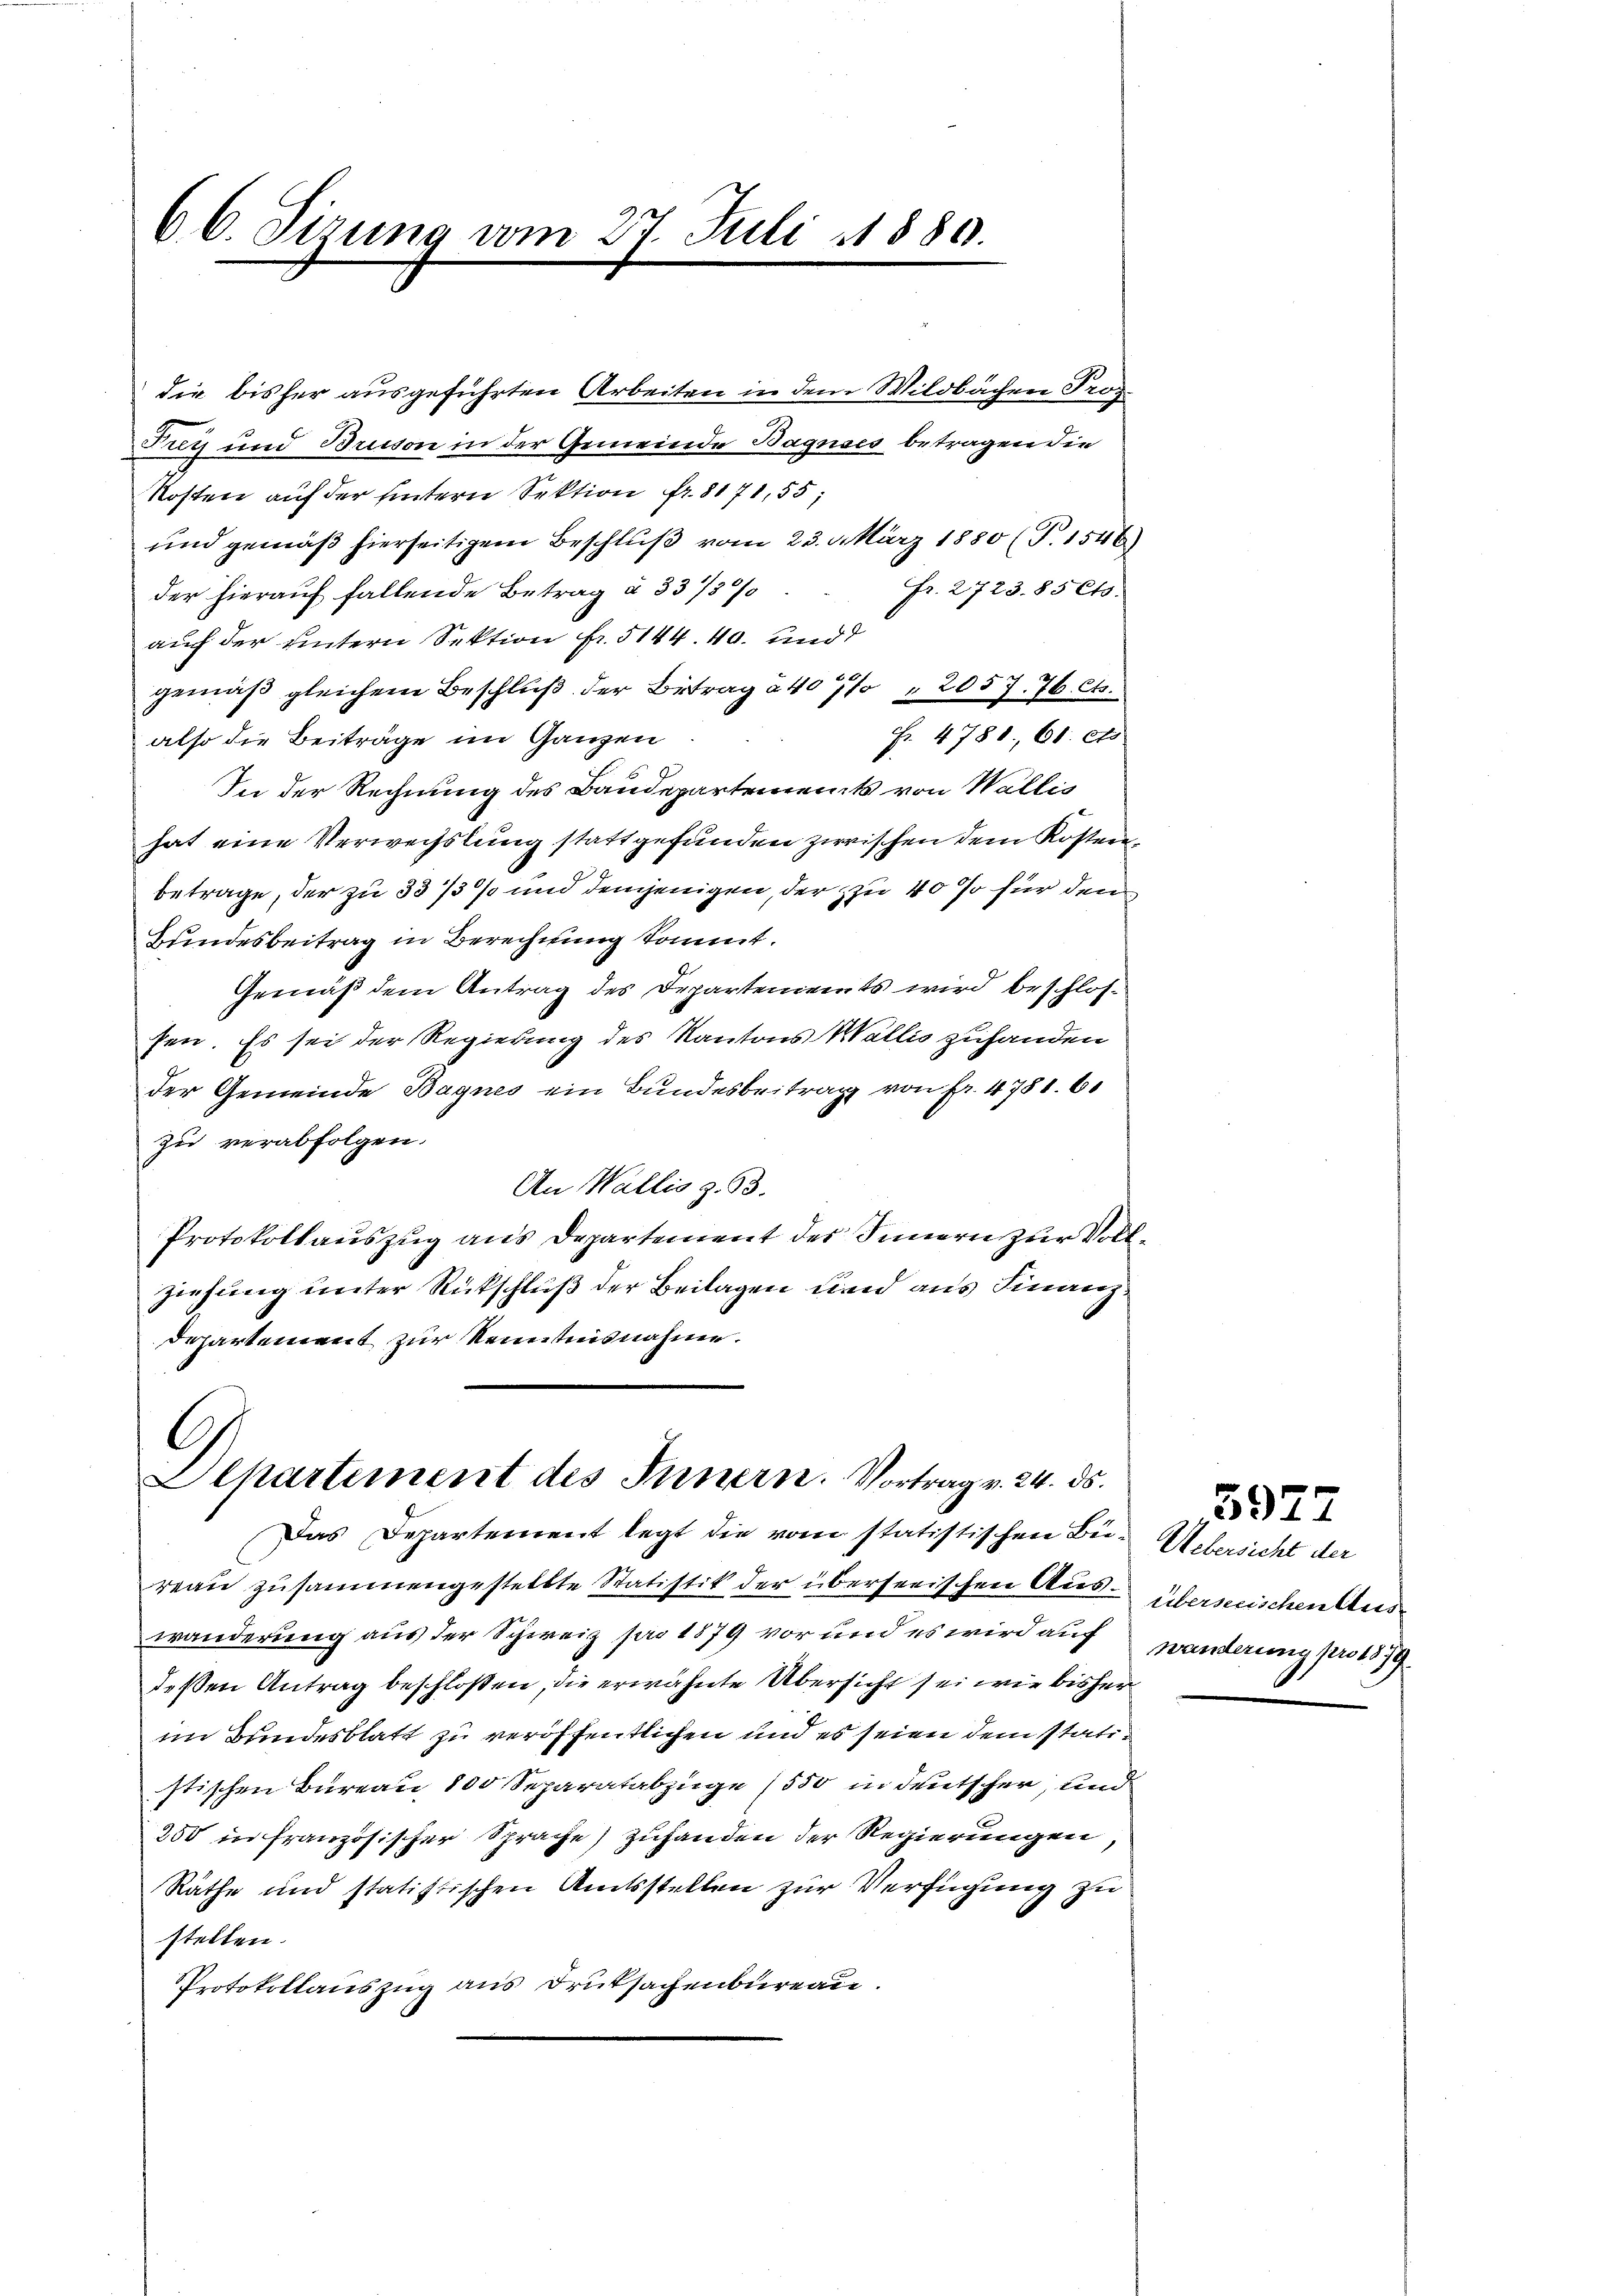
66. Sizung vom 27. Juli 1880.

die bisher ausgeführten Arbeiten in dem Wildbachen Prog
Frey und Bruson in der Gemeinde Baguses betragen die
Kosten auf der hintern Sektion fr. 8171,55;
und gemäß hierseitigem Beschluß vom 23. März 1880 (T.1546)
Fr. 2723. 85 Cts.
der hierauf fallende Betrag § 3373/
auf der untern Sektion fr. 5144. 40. und
gemäß gleichem Beschluß der Betrag à 40% " 2057. 76. Ct.
Fr. 4781. 61. et
also die Beiträge im Ganzen
In der Rechnung des Baudepartements von Wallis
hat eine Verwechslung stattgefunden zwischen dem Kostenbetrage, der zu 33/3% und demjenigen, der zu 40 so für dem
Bundesbeitrag in Berechnung kommt.
Gemäß dem Antrag des Departements wird beschlosfen. Es sei der Regierung des Kantons Wallis zuhanden
der Gemeinde Bagnes ein Bundesbeitrag von Fr. 4781. 61
zu verabfolgen.
An Wallis Z. 63.
Protokollauszug aus Departement des Innern zur Vollziehung unter Rückschluß der Beilagen und aus Finanz¬
Departement zur Kenntnisnahme.

G.
Alhartement des Innern. Vortrag v. 24. ds.

Das Departement legt die vom statistischen Bu-Uebersicht der
reau zusammengestellte Statistik der überseeischen Ausüberseeischen Auswanderung aus der Schweiz pro 1879 vor und es wird auf wanderung pro 1879.
deßen Antrag beschloßen, die erwähnte Übersicht sei wie bisherim Bundesblatt zu veröffentlichen und es seien dem statistischen Bureau 100 Separatabzüge (550 in deutscher, und
250 in französischer Sprache) zuhanden der Regierungen,
Räthe und statistischen Amtsstellen zur Verfügung zu
stellen.
Protokollauszug aus Druksachenbureau.

3977